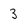
Character: 3